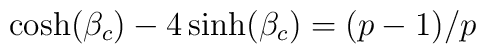
\cosh(\beta_c) - 4 \sinh(\beta_c) =   ( p - 1) /p